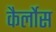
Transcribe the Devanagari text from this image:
कैर्लोस